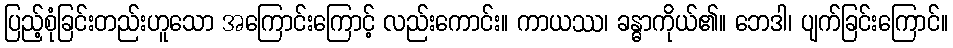
ပြည့်စုံခြင်းတည်းဟူသော အကြောင်းကြောင့် လည်းကောင်း။ ကာယဿ၊ ခန္ဓာကိုယ်၏။ ဘေဒါ၊ ပျက်ခြင်းကြောင်။